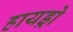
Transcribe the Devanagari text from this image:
हायड्रो